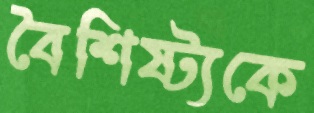
বৈশিষ্ট্যকে